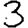
Digit: 3